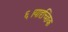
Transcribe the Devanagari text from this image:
६।यादृच्छिक